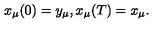
x _ { \mu } ( 0 ) = y _ { \mu } , x _ { \mu } ( T ) = x _ { \mu } .